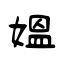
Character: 媼